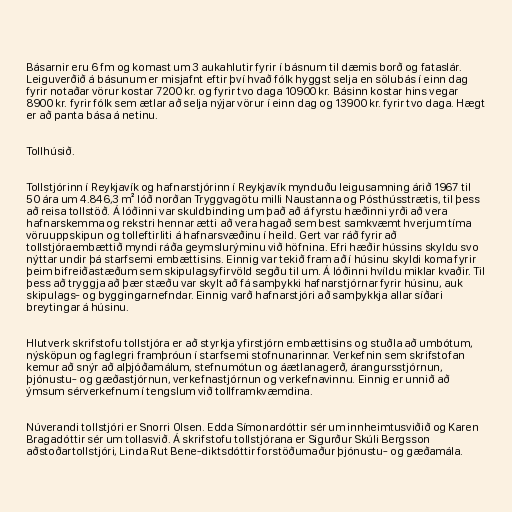
Básarnir eru 6 fm og komast um 3 aukahlutir fyrir í básnum til dæmis borð og fataslár.
Leiguverðið á básunum er misjafnt eftir því hvað fólk hyggst selja en sölubás í einn dag
fyrir notaðar vörur kostar 7200 kr. og fyrir tvo daga 10900 kr. Básinn kostar hins vegar
8900 kr. fyrir fólk sem ætlar að selja nýjar vörur í einn dag og 13900 kr. fyrir tvo daga. Hægt
er að panta bása á netinu.

Tollhúsið.

Tollstjórinn í Reykjavík og hafnarstjórinn í Reykjavík mynduðu leigusamning árið 1967 til
50 ára um 4.846,3 m² lóð norðan Tryggvagötu milli Naustanna og Pósthússtrætis, til þess
að reisa tollstöð. Á lóðinni var skuldbinding um það að á fyrstu hæðinni yrði að vera
hafnarskemma og rekstri hennar ætti að vera hagað sem best samkvæmt hverjum tíma
vöruuppskipun og tolleftirliti á hafnarsvæðinu í heild. Gert var ráð fyrir að
tollstjóraembættið myndi ráða geymslurýminu við höfnina. Efri hæðir hússins skyldu svo
nýttar undir þá starfsemi embættisins. Einnig var tekið fram að í húsinu skyldi koma fyrir
þeim bifreiðastæðum sem skipulagsyfirvöld segðu til um. Á lóðinni hvíldu miklar kvaðir. Til
þess að tryggja að þær stæðu var skylt að fá samþykki hafnarstjórnar fyrir húsinu, auk
skipulags- og byggingarnefndar. Einnig varð hafnarstjóri að samþykkja allar síðari
breytingar á húsinu.

Hlutverk skrifstofu tollstjóra er að styrkja yfirstjórn embættisins og stuðla að umbótum,
nýsköpun og faglegri framþróun í starfsemi stofnunarinnar. Verkefnin sem skrifstofan
kemur að snýr að alþjóðamálum, stefnumótun og áætlanagerð, árangursstjórnun,
þjónustu- og gæðastjórnun, verkefnastjórnun og verkefnavinnu. Einnig er unnið að
ýmsum sérverkefnum í tengslum við tollframkvæmdina.

Núverandi tollstjóri er Snorri Olsen. Edda Símonardóttir sér um innheimtusviðið og Karen
Bragadóttir sér um tollasvið. Á skrifstofu tollstjórana er Sigurður Skúli Bergsson
aðstoðartollstjóri, Linda Rut Bene-diktsdóttir forstöðumaður þjónustu- og gæðamála.